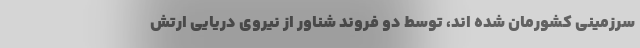
سرزمینی کشورمان شده اند، توسط دو فروند شناور از نیروی دریایی ارتش